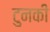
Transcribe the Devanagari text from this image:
टुनकी